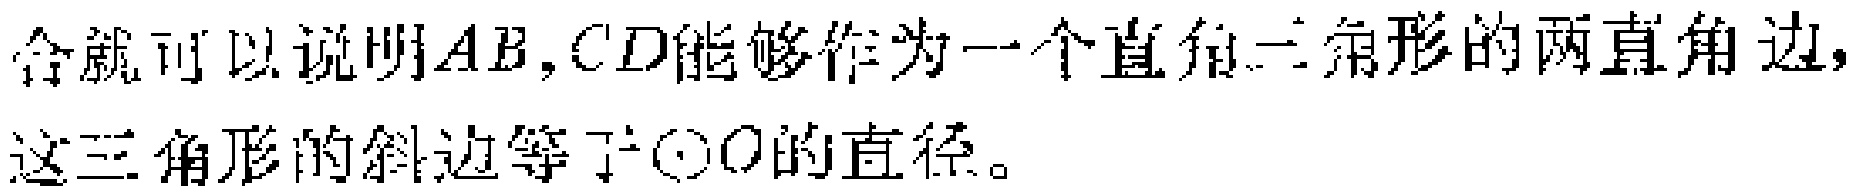
合就可以说明\(AB,CD\)能够作为一个直角三角形的两直角边, 这三角形的斜边等于\(\odot O\)的直径。